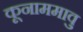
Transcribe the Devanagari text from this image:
कूनाममावु